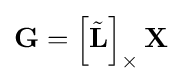
\mathbf {G} =\left[{\tilde {\mathbf {L} }}\right]_{\times }\mathbf {X}